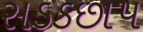
સડકછાપ